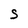
Character: S